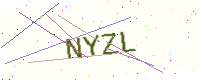
Text: NYZL